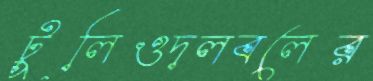
টুলিওদলবলের